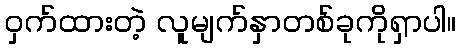
ဝှက်ထားတဲ့ လူမျက်နှာတစ်ခုကိုရှာပါ။